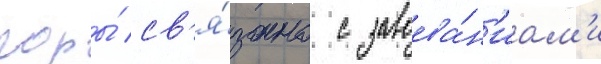
горы́ св'я́зано с завоева́н'иам'и